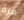
مرة